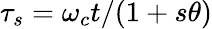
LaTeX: \tau_{s}=\omega_{c}t/(1+s\theta)